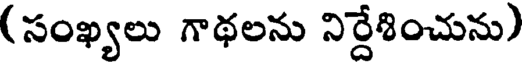
(సంఖ్యలు గాథలను నిర్దేశించును)